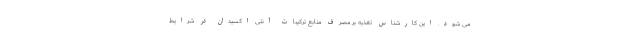
می شود. این کارشناس تغذیه بر مصرف منابع ترکیبات آنتی اکسیدان در شرایط